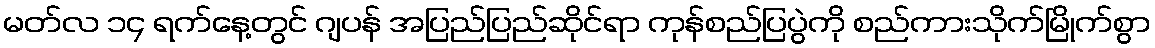
မတ်လ ၁၄ ရက်နေ့တွင် ဂျပန် အပြည်ပြည်ဆိုင်ရာ ကုန်စည်ပြပွဲကို စည်ကားသိုက်မြိုက်စွာ